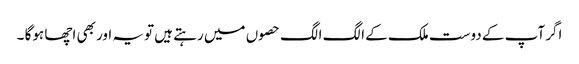
اگر آپ کے دوست ملک کے الگ الگ حصوں میں رہتے ہیں تویہ اور بھی اچھا ہوگا ۔